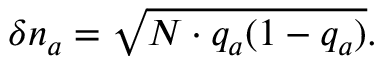
\delta n _ { a } = \sqrt { N \cdot q _ { a } ( 1 - q _ { a } ) } .